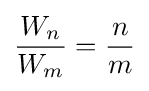
{\frac {W_{n}}{W_{m}}}={\frac {n}{m}}